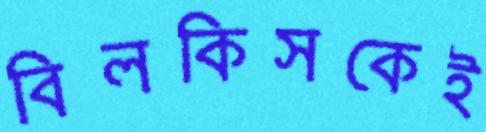
বিলকিসকেই